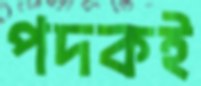
পদকই